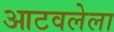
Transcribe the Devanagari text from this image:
आटवलेला